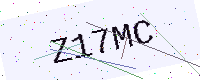
Text: Z17MC